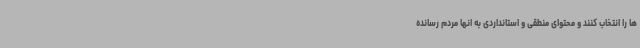
ها را انتخاب کنند و محتوای منطقی و استانداردی به انها مردم رسانده